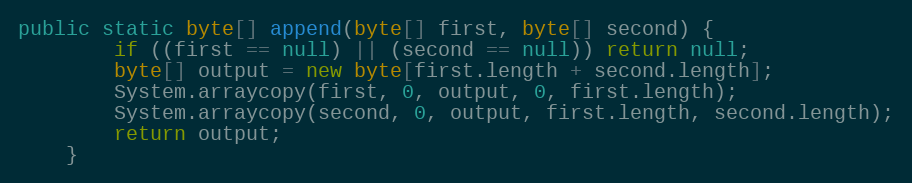
Language: Java
public static byte[] append(byte[] first, byte[] second) {
        if ((first == null) || (second == null)) return null;
        byte[] output = new byte[first.length + second.length];
        System.arraycopy(first, 0, output, 0, first.length);
        System.arraycopy(second, 0, output, first.length, second.length);
        return output;
    }